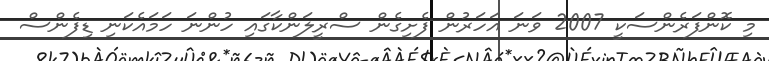
މި ކޮންފަރެންސަކީ 2007 ވަނަ އަހަރުން ފެށިގެން ސްރީލަންކާގައި ހުންނަ ހަމައެކަނި ޑިފެންސް